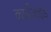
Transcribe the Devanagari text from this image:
कार्बेज़ाइड